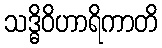
သဒ္ဓိဝိဟာရိကာတိ